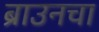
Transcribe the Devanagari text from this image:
ब्राउनचा